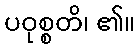
ပဝုစ္စတိ၊ ၏။